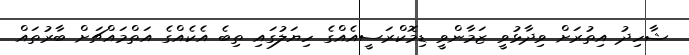
ޝާހިދު އިތުރަށް ވިދާޅުވީ ޒަމާންވީ ޑިމޮކްރަސީއެއްގެ ހިޔަލުގައި ތިބެ އެކެއްގެ އަތްމައްޗަށް ބާރުތައް